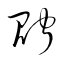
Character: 貯